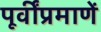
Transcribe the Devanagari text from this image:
पूर्वींप्रमाणें